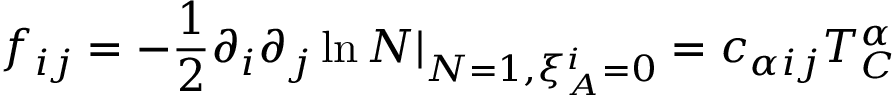
f _ { i j } = - { \frac { 1 } { 2 } } \partial _ { i } \partial _ { j } \ln { \cal N } | _ { { \cal N } = 1 , \xi _ { A } ^ { i } = 0 } = c _ { \alpha i j } T _ { C } ^ { \alpha }